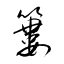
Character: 簍